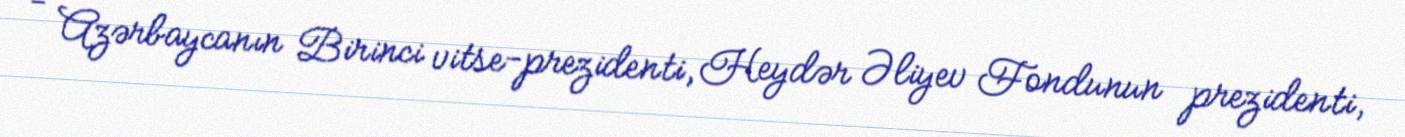
- Azərbaycanın Birinci vitse-prezidenti, Heydər Əliyev Fondunun prezidenti,